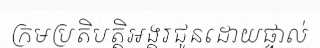
ក្រមប្រតិបត្តិអង្គរជូនដោយផ្ទាល់